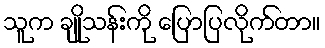
သူက ချိုသန်းကို ပြောပြလိုက်တာ။